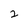
Character: 2